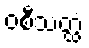
ဝစီသတ္ထံ